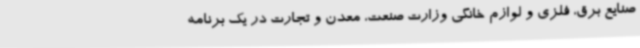
صنایع برق، فلزی و لوازم خانگی وزارت صنعت، معدن و تجارت در یک برنامه